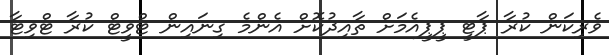
ވެެރިކަން ކުރާ ޕާޓީ ޕީޕީއެމަށް ތާއިދުކޮށް އެންމެ ގިނައިން ޓްވީޓް ކުރާ ޓްވިޓާ